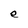
Character: e